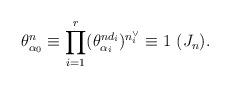
LaTeX: \begin{align*}\theta_{\alpha_{0}}^{n}\equiv \prod_{i=1}^{r}(\theta_{\alpha_{i}}^{nd_{i}})^{n_{i}^{\vee}}\equiv 1 \ ( J_{n}).\end{align*}